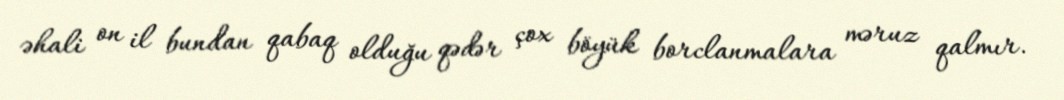
əhali on il bundan qabaq olduğu qədər çox böyük borclanmalara məruz qalmır.